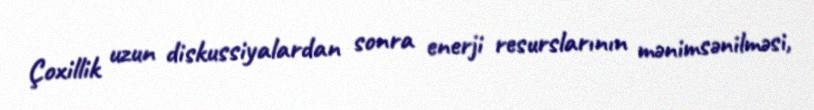
Çoxillik uzun diskussiyalardan sonra enerji resurslarının mənimsənilməsi,